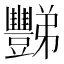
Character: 豒